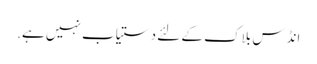
انڈس بلاک کے لئے دستیاب نہیں ہے.